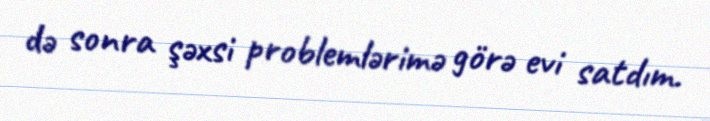
də sonra şəxsi problemlərimə görə evi satdım.